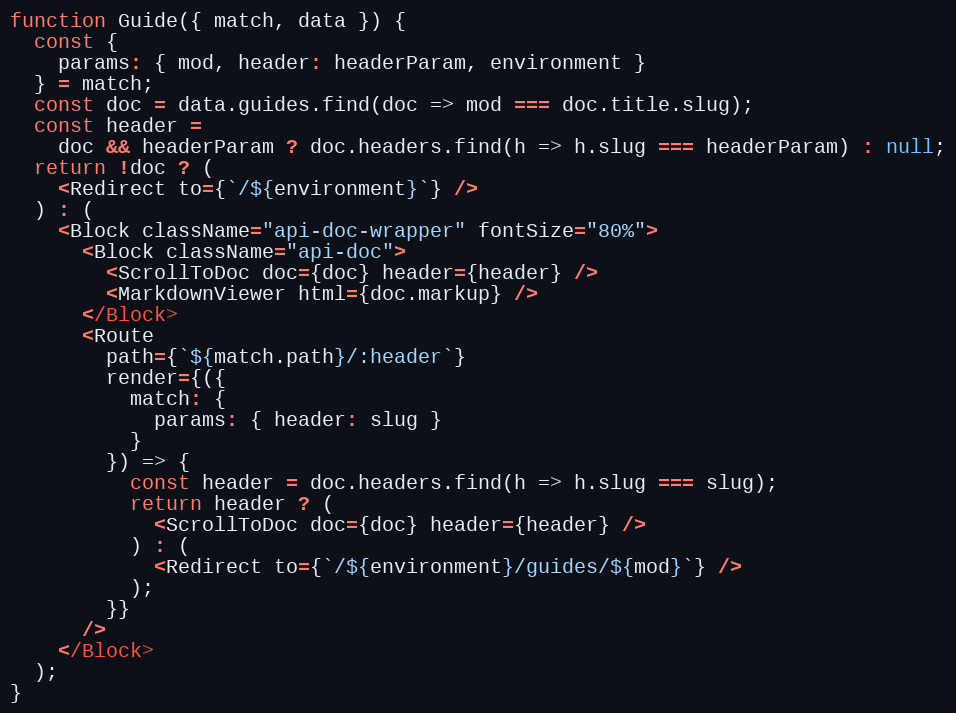
Language: JavaScript
function Guide({ match, data }) {
  const {
    params: { mod, header: headerParam, environment }
  } = match;
  const doc = data.guides.find(doc => mod === doc.title.slug);
  const header =
    doc && headerParam ? doc.headers.find(h => h.slug === headerParam) : null;
  return !doc ? (
    <Redirect to={`/${environment}`} />
  ) : (
    <Block className="api-doc-wrapper" fontSize="80%">
      <Block className="api-doc">
        <ScrollToDoc doc={doc} header={header} />
        <MarkdownViewer html={doc.markup} />
      </Block>
      <Route
        path={`${match.path}/:header`}
        render={({
          match: {
            params: { header: slug }
          }
        }) => {
          const header = doc.headers.find(h => h.slug === slug);
          return header ? (
            <ScrollToDoc doc={doc} header={header} />
          ) : (
            <Redirect to={`/${environment}/guides/${mod}`} />
          );
        }}
      />
    </Block>
  );
}